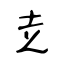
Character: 赱